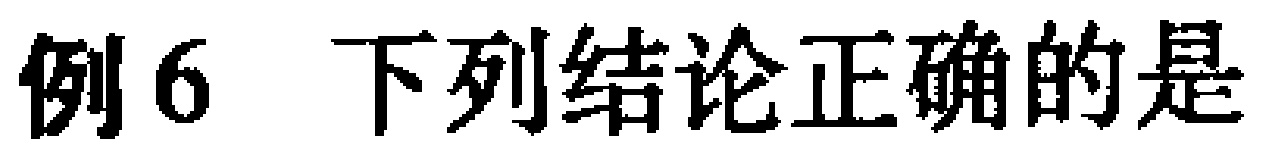
例6 下列结论正确的是